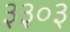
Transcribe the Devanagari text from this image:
३३०३